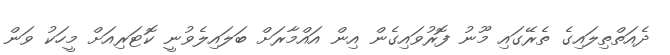
ދެއަތްތިލައިގެ ތެރޭގައި މޫނު ފޮރުވައިގެން އިން އައްމާރަށް ބަލައިލެވުނީ ކޮޓަރިއަށް މީހަކު ވަން